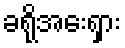
ခရိုအေးရှား